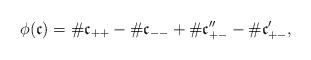
LaTeX: \begin{align*}\phi(\mathfrak{c}) = \# \mathfrak{c}_{++} - \# \mathfrak{c}_{--} + \# \mathfrak{c}''_{+-} - \# \mathfrak{c}'_{+-},\end{align*}